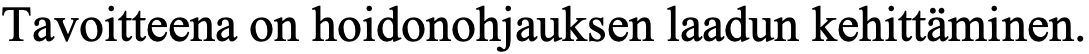
Tavoitteena on hoidonohjauksen laadun kehittäminen.